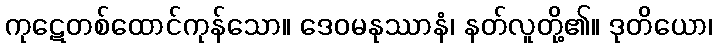
ကုဋေတစ်ထောင်ကုန်သော။ ဒေဝမနုဿာနံ၊ နတ်လူတို့၏။ ဒုတိယော၊